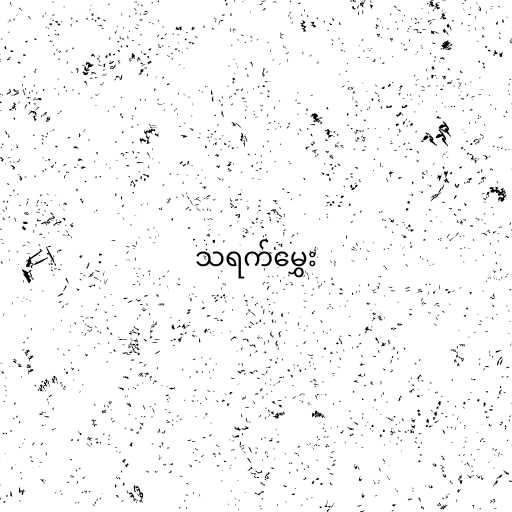
သရက်မွှေး